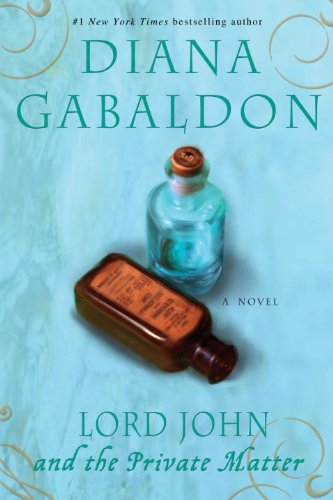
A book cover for Lord John and the Private Matter: A Novel (Lord John Grey); Diana Gabaldon; Mystery, Thriller & Suspense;